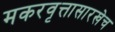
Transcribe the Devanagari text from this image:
मकरवृत्तासारखेच